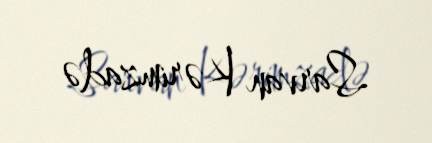
Sarvan Kərimzadə